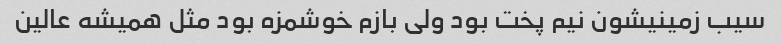
سیب زمینیشون نیم پخت بود ولی بازم خوشمزه بود مثل همیشه عالین